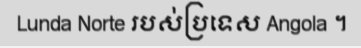
Lunda Norte របស់ប្រទេស Angola ។